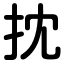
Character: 抌